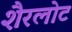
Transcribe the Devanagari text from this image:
शैरलोट